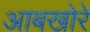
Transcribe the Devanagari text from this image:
आबखोरे